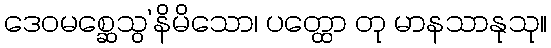
ဒေဝမစ္ဆေသွ’နိမိသော၊ ပတ္ထော တု မာနသာနုသု။